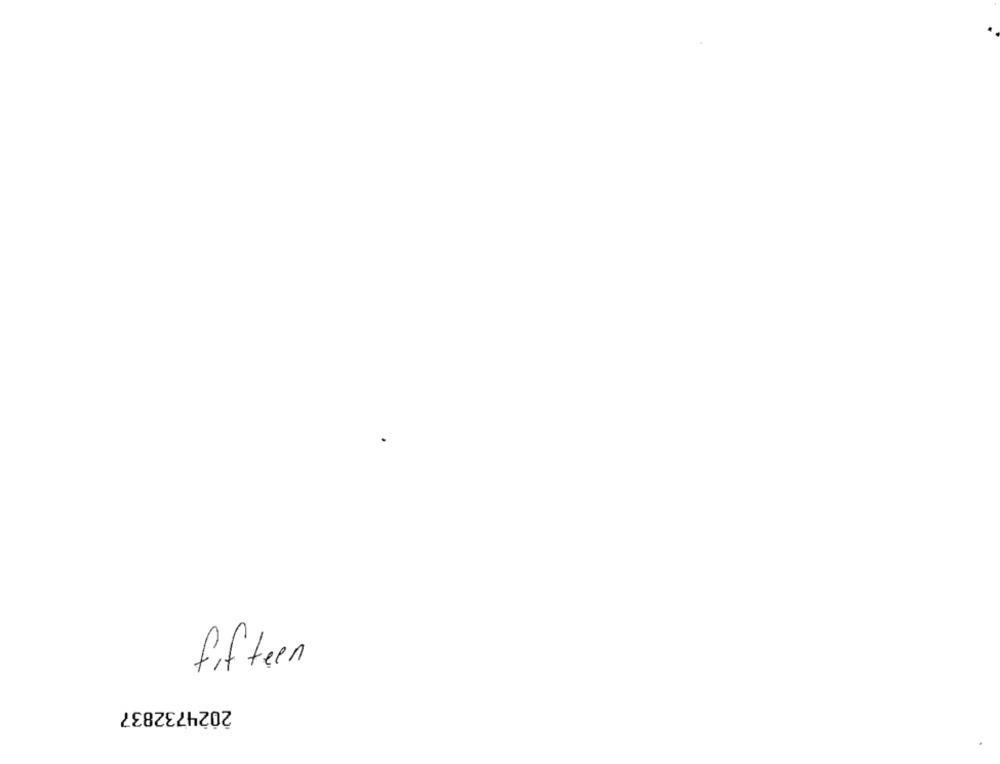
fifteen
2024732837